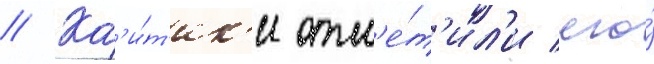
// Кр'и́т'ик'и отм'е́т'ил'и его́